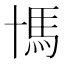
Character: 𩡪